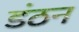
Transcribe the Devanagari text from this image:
डंठन